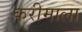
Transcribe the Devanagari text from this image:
करीमाला